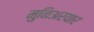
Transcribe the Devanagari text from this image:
मुनिअरयार